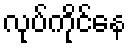
လုပ်ကိုင်နေ